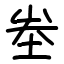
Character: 峚